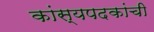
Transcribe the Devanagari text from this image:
कांस्यपदकांची